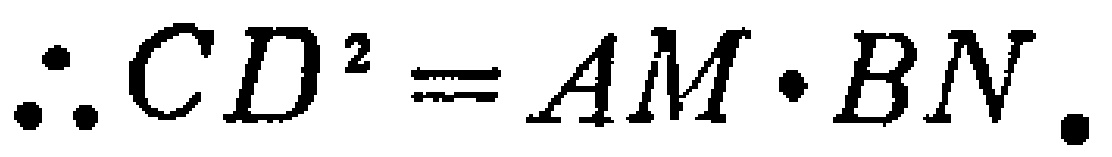
\(\therefore CD^{2}=AM\cdot BN.\)